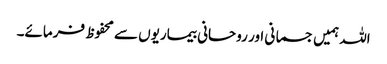
اللہ ہمیں جسمانی اور روحانی بیماریوں سے محفوظ فرمائے۔